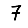
Digit: 7